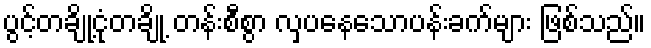
ပွင့်တချို့ငုံတချို့ တန်းစီစွာ လှပနေသောပန်းခက်များ ဖြစ်သည်။